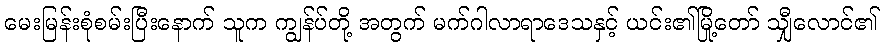
မေးမြန်းစုံစမ်းပြီးနောက် သူက ကျွန်ပ်တို့ အတွက် မက်ဂါလာရာဒေသနှင့် ယင်း၏မြို့တော် သျှီလောင်၏